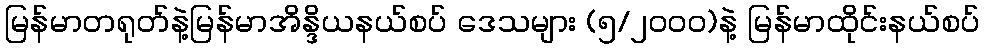
မြန်မာတရုတ်နဲ့မြန်မာအိန္ဒိယနယ်စပ် ဒေသများ (၅/၂၀၀၀)နဲ့ မြန်မာထိုင်းနယ်စပ်